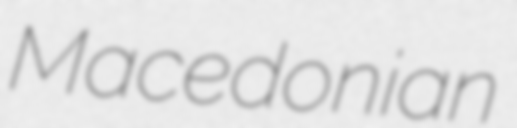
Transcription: Macedonian